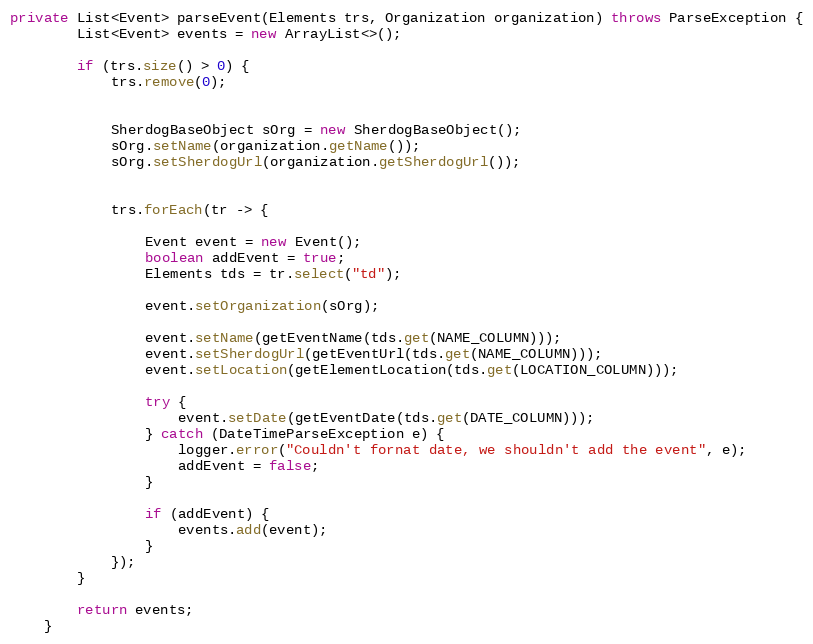
Language: Java
private List<Event> parseEvent(Elements trs, Organization organization) throws ParseException {
        List<Event> events = new ArrayList<>();

        if (trs.size() > 0) {
            trs.remove(0);

            SherdogBaseObject sOrg = new SherdogBaseObject();
            sOrg.setName(organization.getName());
            sOrg.setSherdogUrl(organization.getSherdogUrl());

            trs.forEach(tr -> {

                Event event = new Event();
                boolean addEvent = true;
                Elements tds = tr.select("td");

                event.setOrganization(sOrg);

                event.setName(getEventName(tds.get(NAME_COLUMN)));
                event.setSherdogUrl(getEventUrl(tds.get(NAME_COLUMN)));
                event.setLocation(getElementLocation(tds.get(LOCATION_COLUMN)));

                try {
                    event.setDate(getEventDate(tds.get(DATE_COLUMN)));
                } catch (DateTimeParseException e) {
                    logger.error("Couldn't fornat date, we shouldn't add the event", e);
                    addEvent = false;
                }

                if (addEvent) {
                    events.add(event);
                }
            });
        }

        return events;
    }